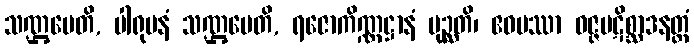
သဏ္ဌပေတိ, ပါရုပနံ သဏ္ဌပေတိ, ရဇောကိဏ္ဏဋ္ဌာနံ ပုဉ္ဆတိ၊ ဧဝမဿာ ဝဇ္ဇပဋိစ္ဆာဒနတ္ထံ